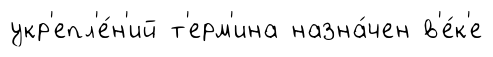
укр'епл'е́н'ий т'ерм'ина назна́чен в'е́к'е